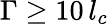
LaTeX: \Gamma\geq 10\, l_{c}